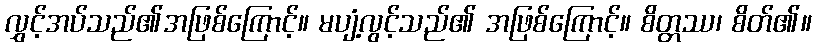
လွှင့်အပ်သည်၏အဖြစ်ကြောင့်။ မပျံ့လွင့်သည်၏ အဖြစ်ကြောင့်။ စိတ္တဿ၊ စိတ်၏။